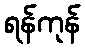
ရန်ကုန်